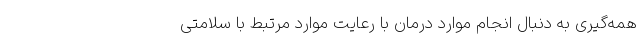
همه‌گیری به دنبال انجام موارد درمان با رعایت موارد مرتبط با سلامتی